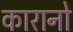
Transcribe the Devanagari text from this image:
कारानो